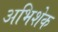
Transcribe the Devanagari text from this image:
अभिशेक